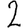
Digit: 2